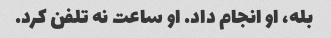
بله، او انجام داد. او ساعت نه تلفن کرد.